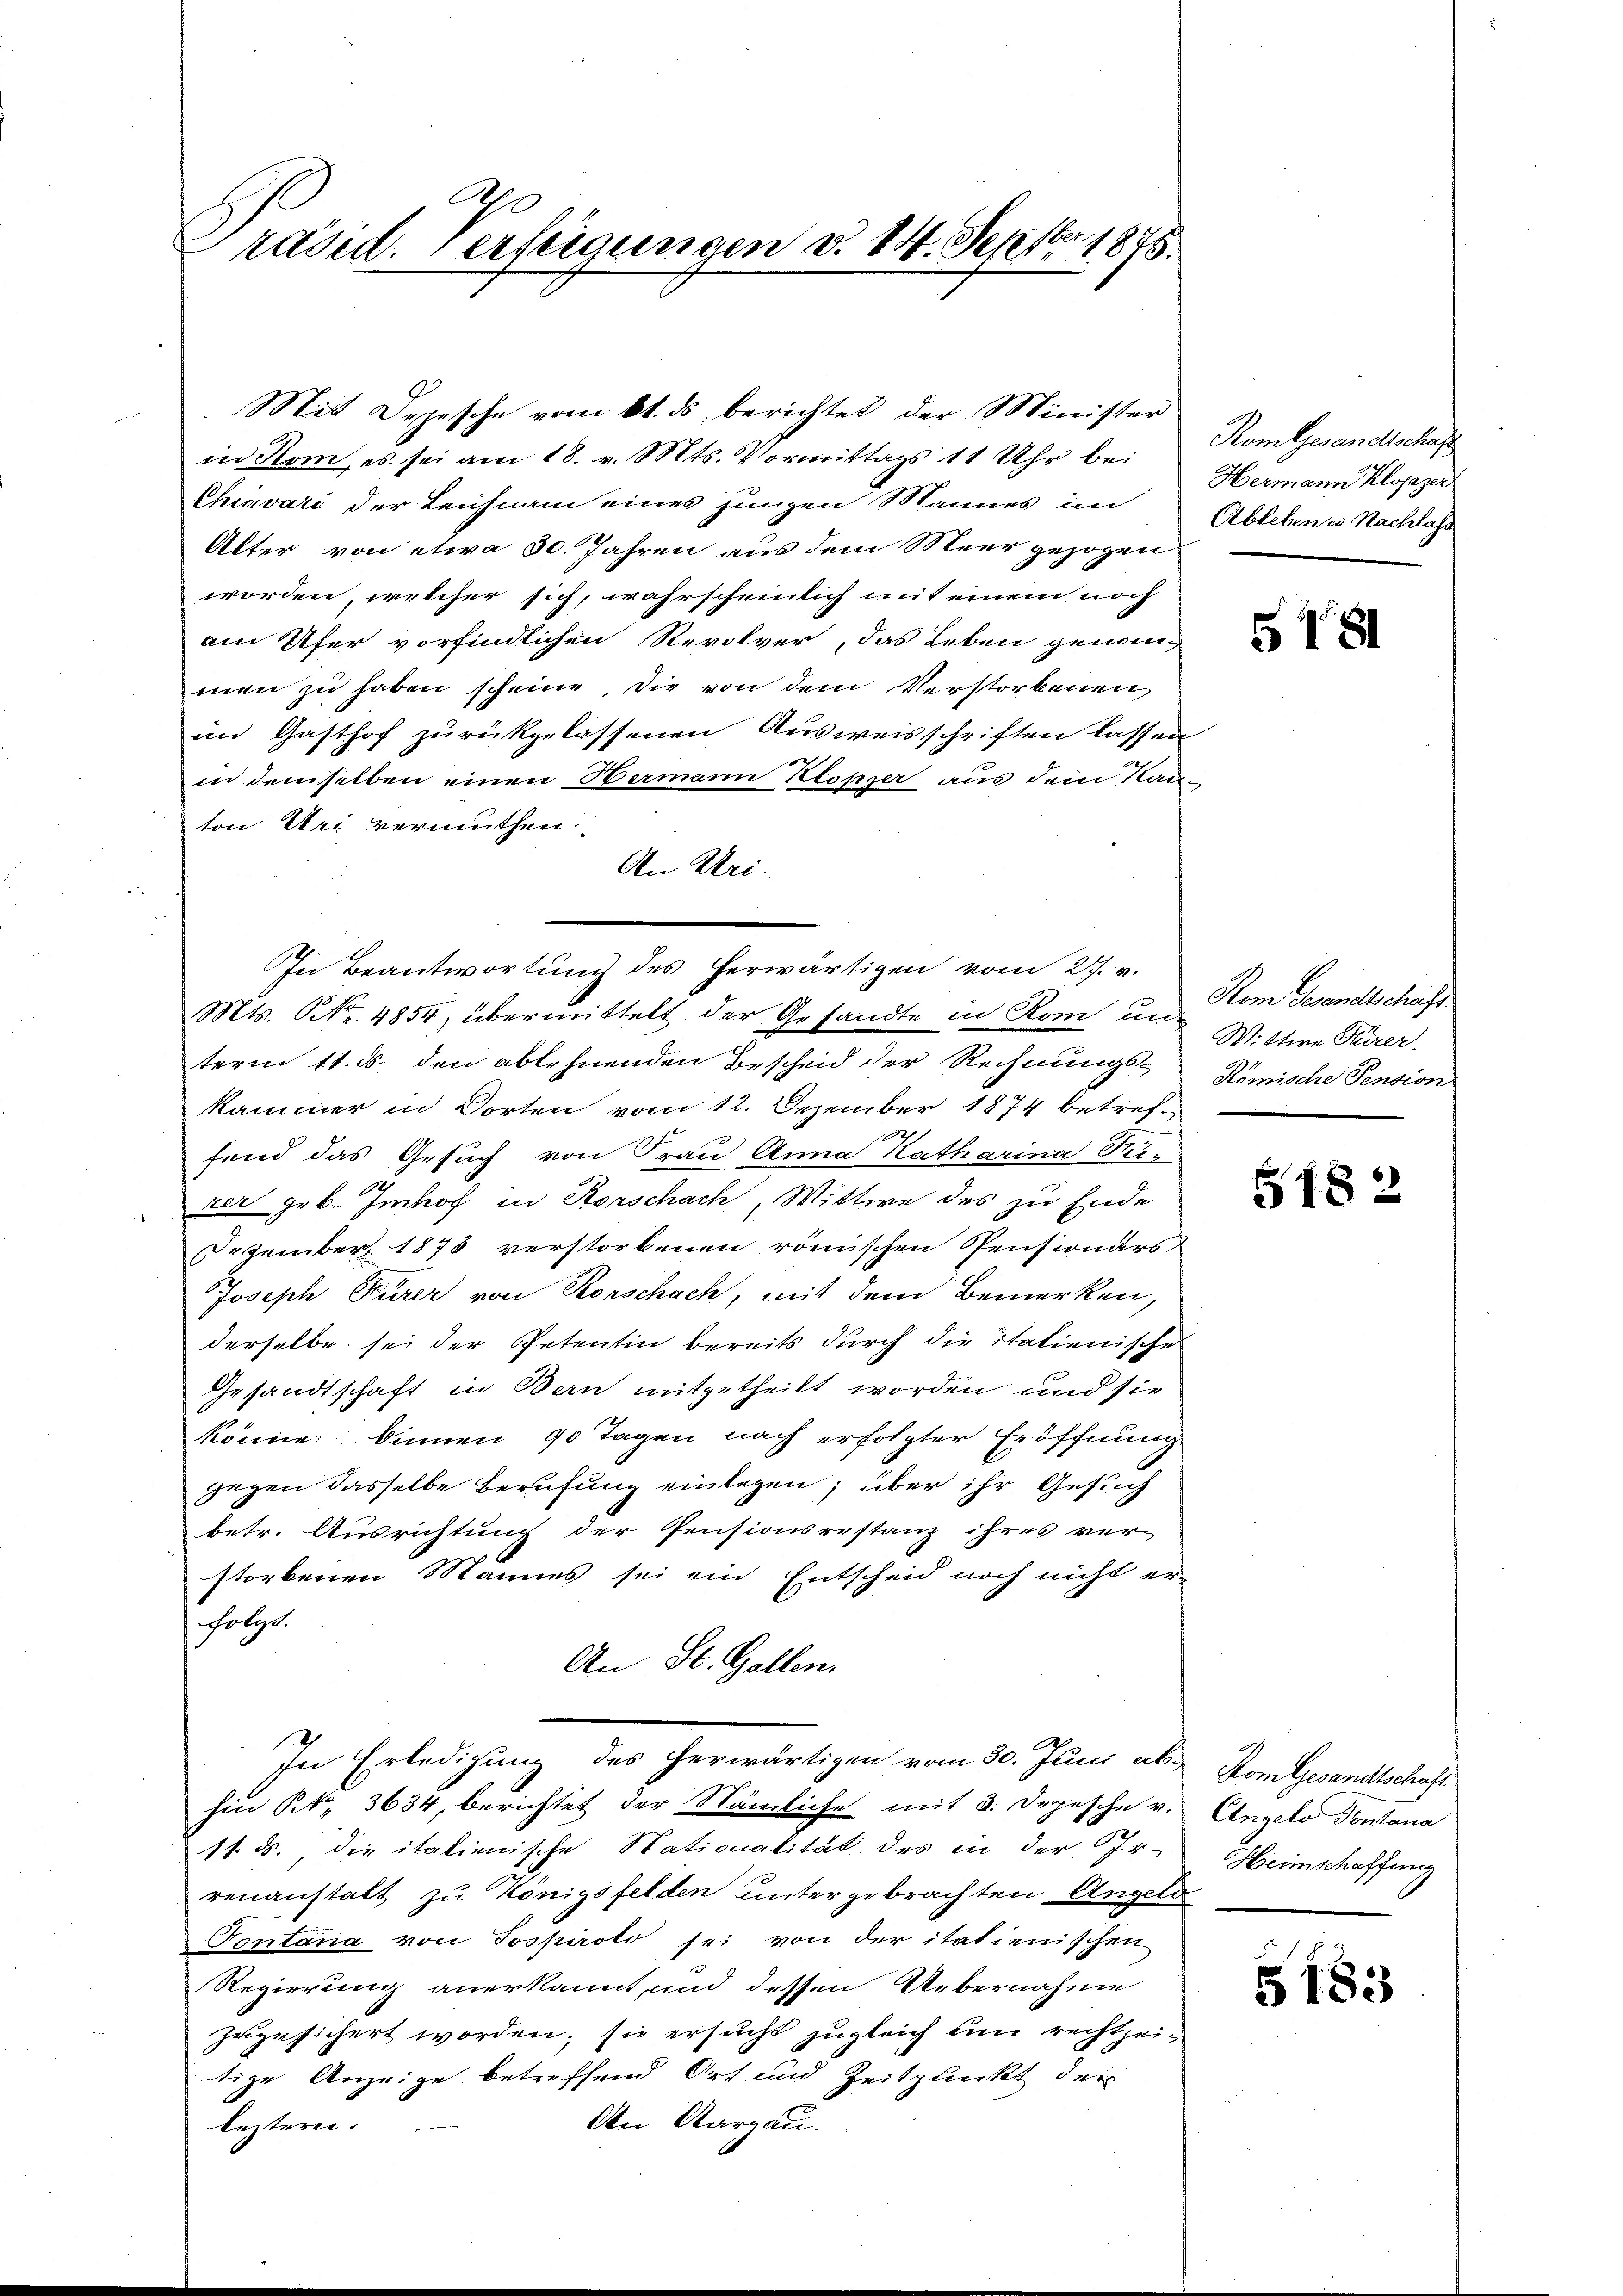
.
Präsid. Verfügungen d. 14. Septbr 1875.

Mit Depesche vom 6. ds berichtet der Minister
in Rom, es sei am 18. v. Mts. Vormittags 11 Uhr bei
Chiavari der Leichnam eines jungen Mannes im Ablebene Nachlass
Alter von etwa 30. Jahren aus dem Meer gezogen
worden, welcher sich, wahrscheinlich mit einem noch
am Ufer vorfindlichen Revolver, das Leben genommen zu haben scheine, die von dem Verstorbenen
im Gasthof zurückgelassenen Ausweisschriften lassen
in demselben einen Hermann Klopper, aus dem Kan
ton Uri vermuthen.
An Uri.
In Beantwortung des herwärtigen vom 27. v.
Mts. No. 4854, übermittelt der Gesandte in Rom un
term 11. ds. den ablehnenden Bescheid der Rechnungs-
kammer in Dorten vom 12. Dezember 1874 betrefi
fend das Gesuch von Frau Anna Katharina Pezer geb. Imhof in Korschach, Wittwe des zu Ende
Dezember 1873 verstorbenen römischen Pensionärs
Joseph Furer von Rorschach, mit dem Bemerken,
derselbe sei der Petentin bereits durch die italienische
Gesandtschaft in Bern mitgetheilt worden und sie
könne: Sinnen 90 Tagen nach erfolgter Eröffnung
gegen dasselbe Berufung einlegen; über ihr Gesuch
betr. Ausrichtung der Pensionsrestanz ihres ver-
storbenen Mannes sei ein Entscheid noch nicht er
folgt.
An St. Gallen.
In Erledigung des herwärtigen vom 30. Juni abhin No. 3634, berichtet der Nämliche mit 2. Depesche v.
11. ds. die italienische Nationalität des in der Irrenanstalt zu Königsfelden untergebrachten Angele¬
Pontana von Tospirolo sei von der itatienischen
Regierung anerkannt, und dessen Uebernahme
zugesichert worden; sie ersucht zugleich um rechtzeitige Anzeige betreffend Ort und Zeitpunkt der
An Aargau.
lezteren.

Komtesandtschaf
Hermann Klopezer

4

S 181

Rom Gesandtschaft
Wittwe Frer.
Römische Pension

S182

Kom Gesandtschaft.
Angelo Pontana
Heimschaffung

5183